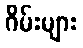
ဂိမ်းများ